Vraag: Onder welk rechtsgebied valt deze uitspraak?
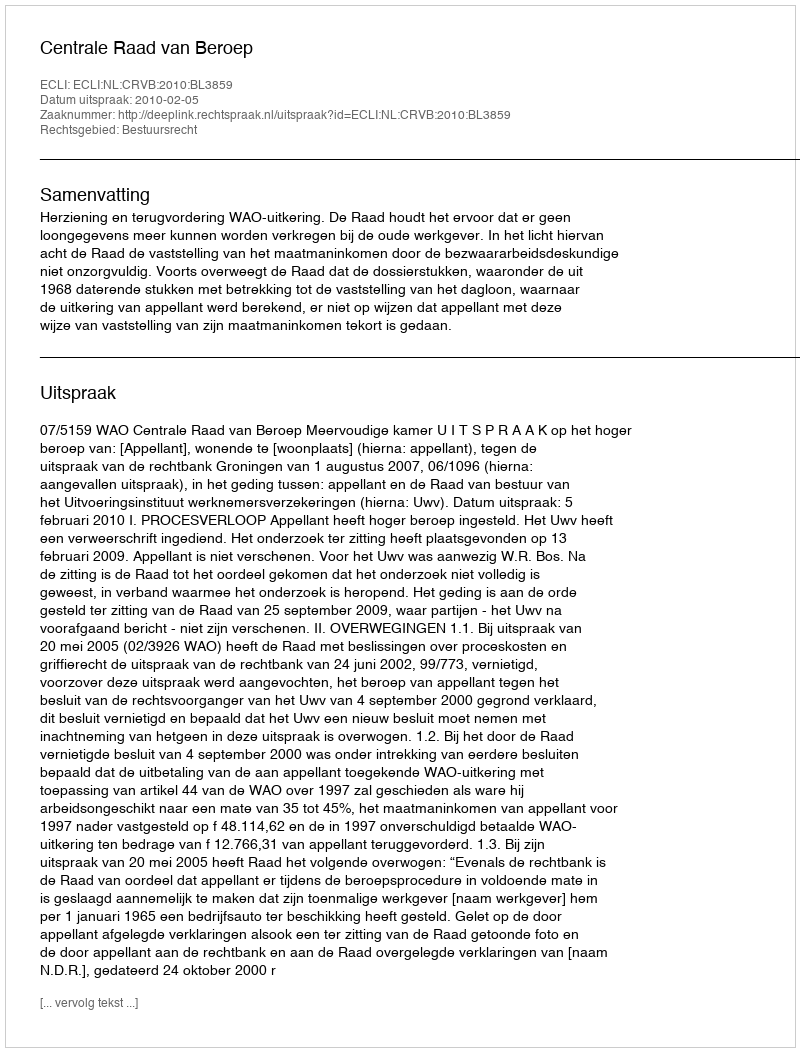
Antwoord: Bestuursrecht